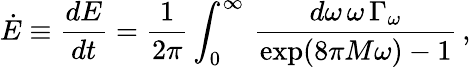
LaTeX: \dot{E}\equiv{\frac{dE}{dt}}={\frac{1}{2\pi}}\int_{0}^{\infty}\, {\frac{d\omega\, \omega\, \Gamma_{\omega}}{\exp(8\pi M\omega)-1}}\, ,